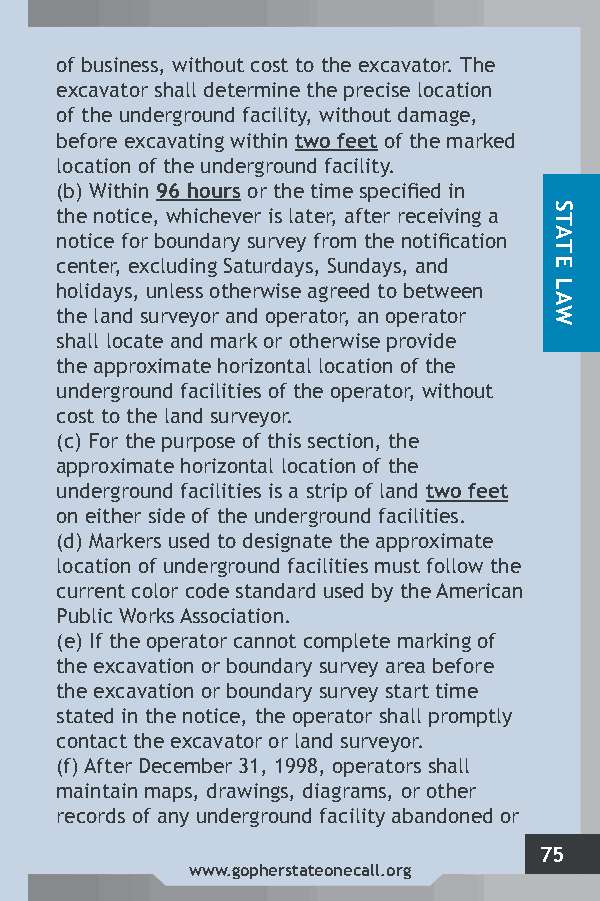
of business, without cost to the excavator. The
 excavator shall determine the precise location
 of the underground facility, without damage,
 before excavating within two feet of the marked
 location of the underground facility.
 (b) Within 96 hours or the time specified in
 the notice, whichever is later, after receiving a
 notice for boundary survey from the notification
 center, excluding Saturdays, Sundays, and
 holidays, unless otherwise agreed to between
 the land surveyor and operator, an operator
 shall locate and mark or otherwise provide
 the approximate horizontal location of the
 underground facilities of the operator, without
 cost to the land surveyor.
 (c) For the purpose of this section, the
 approximate horizontal location of the
 underground facilities is a strip of land two feet
 on either side of the underground facilities.
 (d) Markers used to designate the approximate
 location of underground facilities must follow the
 current color code standard used by the American
 Public Works Association.
 (e) If the operator cannot complete marking of
 the excavation or boundary survey area before
 the excavation or boundary survey start time
 stated in the notice, the operator shall promptly
 contact the excavator or land surveyor.
 (f) After December 31, 1998, operators shall
 maintain maps, drawings, diagrams, or other
 records of any underground facility abandoned or
 75
 www.gopherstateonecall.org
 STATE
 LAW